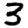
Digit: 3